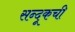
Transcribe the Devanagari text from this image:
सन्दूकची